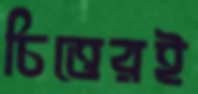
চিত্তেরই